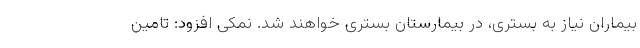
بیماران نیاز به بستری، در بیمارستان بستری خواهند شد. نمکی افزود: تامین